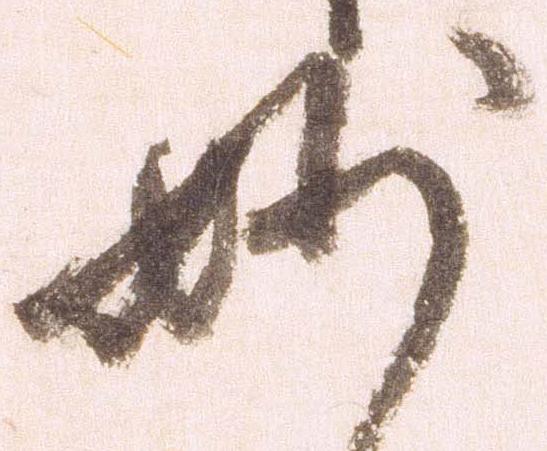
妙